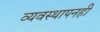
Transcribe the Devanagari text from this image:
व्यवस्थापनही